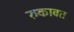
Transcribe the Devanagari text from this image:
रुकावत